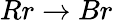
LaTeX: Rr\rightarrow Br